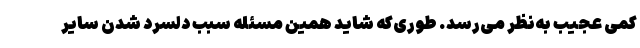
کمی عجیب به‌نظر می‌رسد. طوری‌که شاید همین مسئله سبب دلسرد شدن سایر